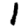
Digit: 1